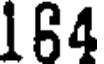
164